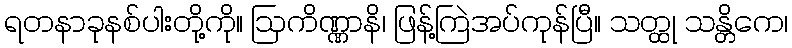
ရတနာခုနစ်ပါးတို့ကို။ ဩကိဏ္ဏာနိ၊ ဖြန့်ကြဲအပ်ကုန်ပြီ။ သတ္ထု သန္တိကေ၊